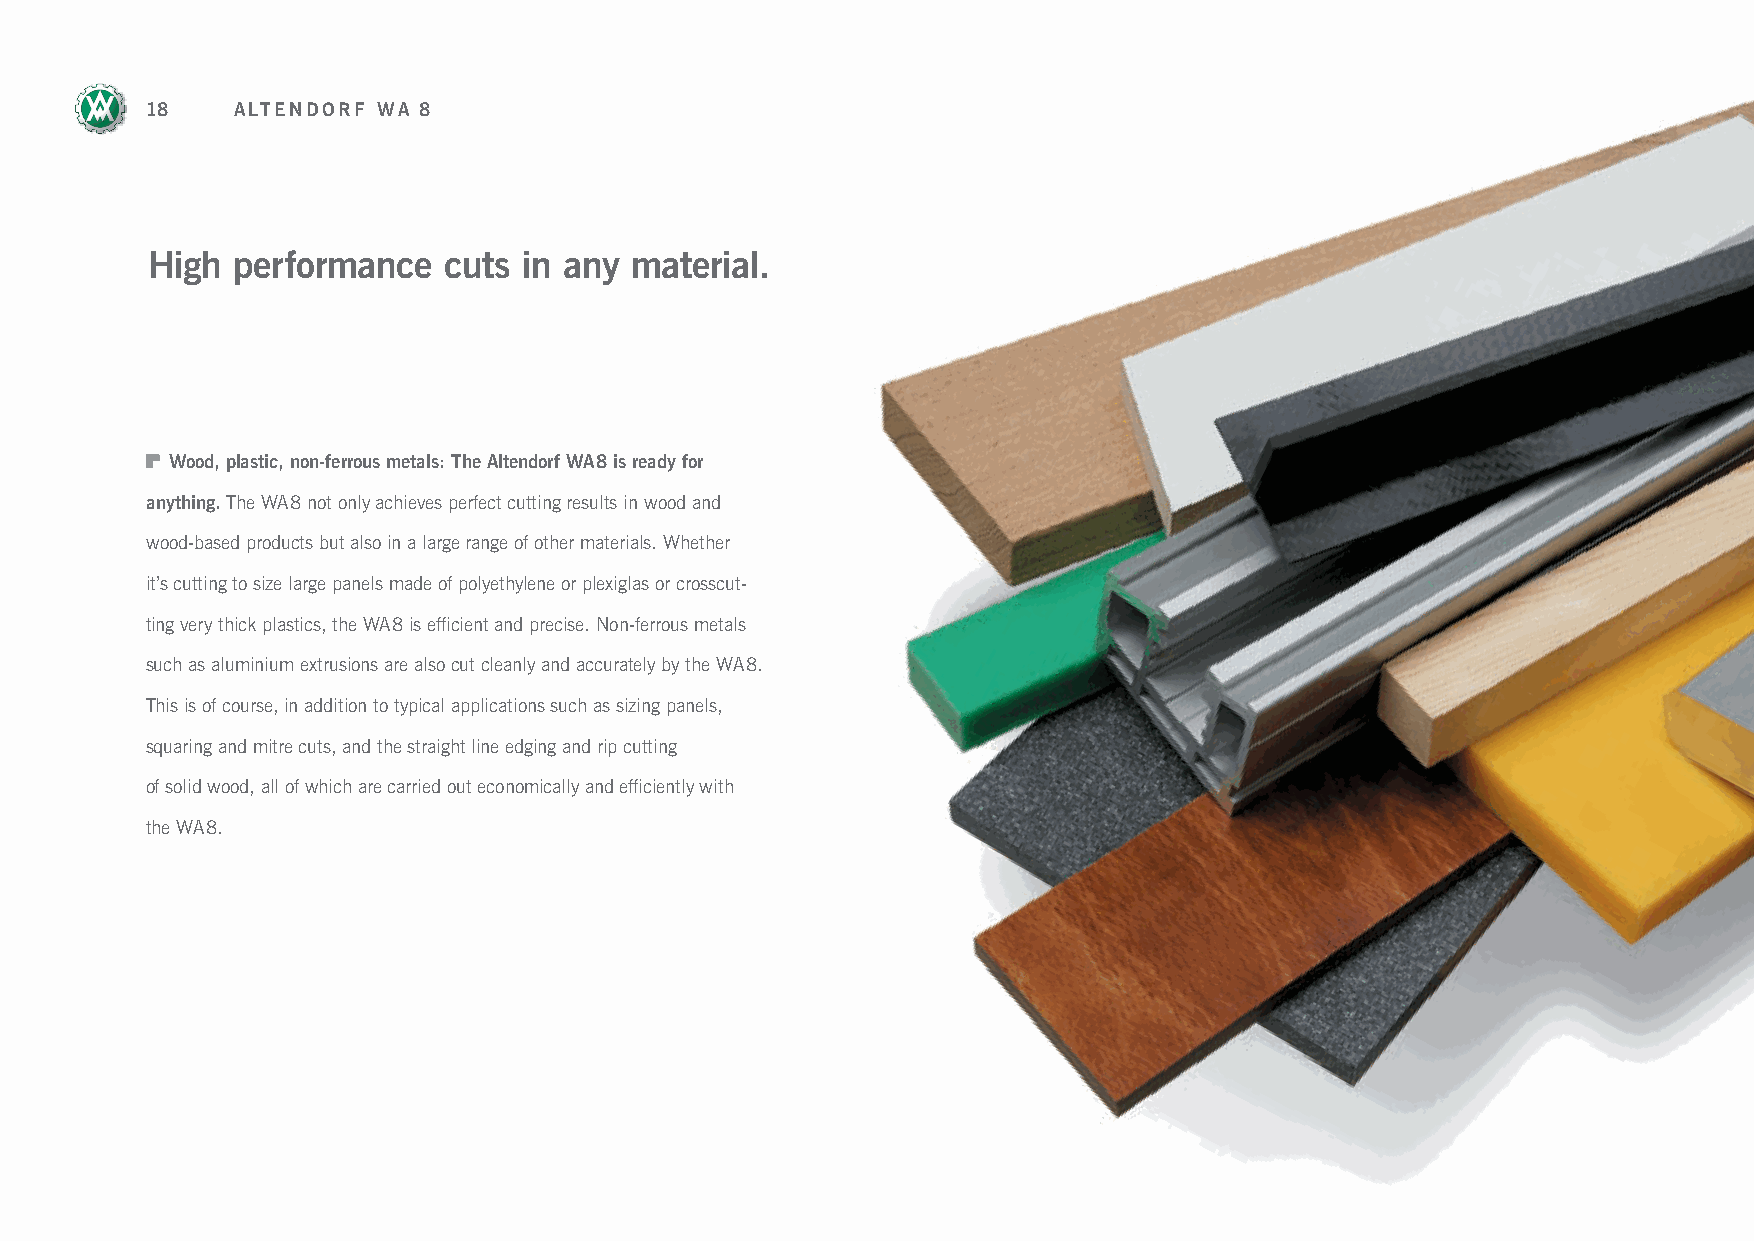
18   ALTENDORF WA 8
 High performance   cuts  in any material.
 Wood, plastic, non-ferrous metals: The Altendorf WA 8 is ready for
 anything. The WA 8 not only achieves perfect cutting results in wood and
 wood-based products but also in a large range of other materials. Whether
 it’s cutting to size large panels made of polyethylene or plexiglas or crosscut-
 ting very thick plastics, the WA 8 is efficient and precise. Non-ferrous metals
 such as aluminium extrusions are also cut cleanly and accurately by the WA 8.
 This is of course, in addition to typical applications such as sizing panels,
 squaring and mitre cuts, and the straight line edging and rip cutting
 of solid wood, all of which are carried out economically and efficiently with
 the WA 8.